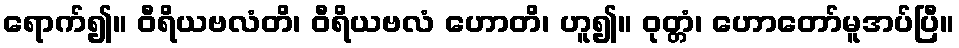
ရောက်၍။ ဝီရိယဗလံတိ၊ ဝီရိယဗလံ ဟောတိ၊ ဟူ၍။ ဝုတ္တံ၊ ဟောတော်မူအပ်ပြီ။